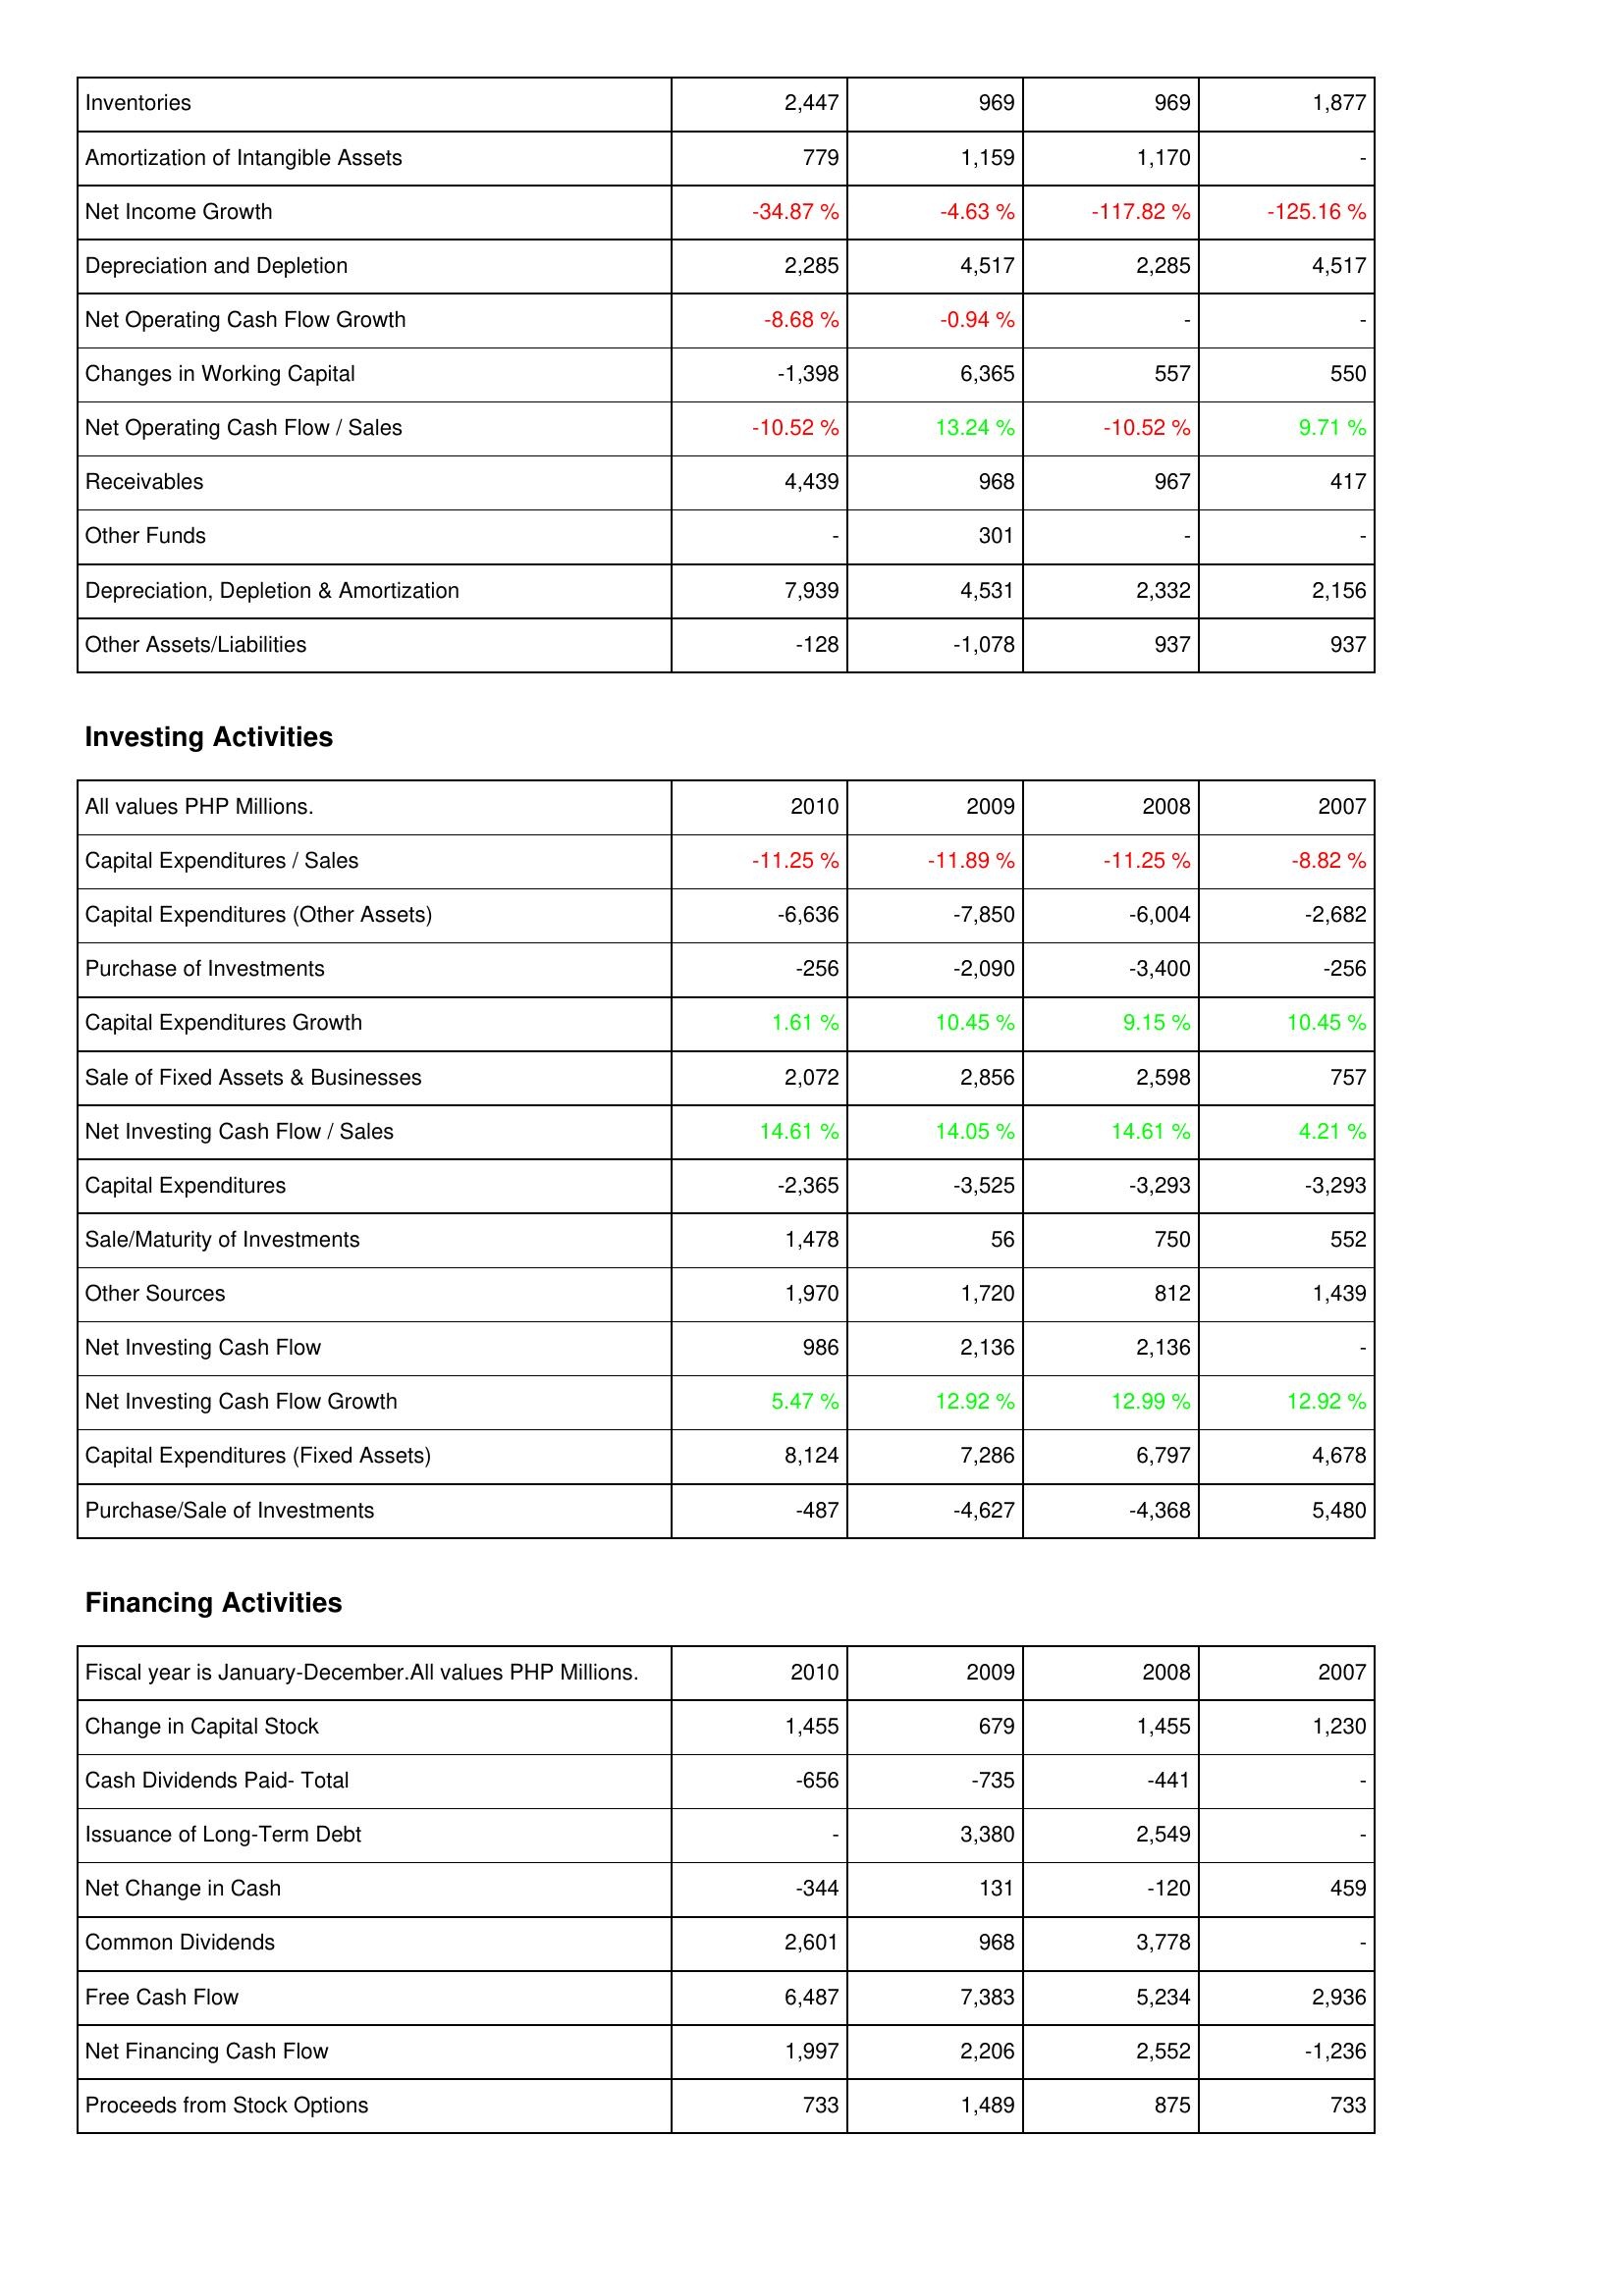
2010: Operating Activities: Inventories: 2,447
Amortization of Intangible Assets: 779
Net Income Growth: -34.87 %
Depreciation and Depletion: 2,285
Net Operating Cash Flow Growth: -8.68 %
Changes in Working Capital: -1,398
Net Operating Cash Flow / Sales: -10.52 %
Receivables: 4,439
Other Funds: -
Depreciation, Depletion & Amortization: 7,939
Other Assets/Liabilities: -128
Investing Activities: Capital Expenditures / Sales: -11.25 %
Capital Expenditures (Other Assets): -6,636
Purchase of Investments: -256
Capital Expenditures Growth: 1.61 %
Sale of Fixed Assets & Businesses: 2,072
Net Investing Cash Flow / Sales: 14.61 %
Capital Expenditures: -2,365
Sale/Maturity of Investments: 1,478
Other Sources: 1,970
Net Investing Cash Flow: 986
Net Investing Cash Flow Growth: 5.47 %
Capital Expenditures (Fixed Assets): 8,124
Purchase/Sale of Investments: -487
Financing Activities: Change in Capital Stock: 1,455
Cash Dividends Paid- Total: -656
Issuance of Long-Term Debt: -
Net Change in Cash: -344
Common Dividends: 2,601
Free Cash Flow: 6,487
Net Financing Cash Flow: 1,997
Proceeds from Stock Options: 733
2009: Operating Activities: Inventories: 969
Amortization of Intangible Assets: 1,159
Net Income Growth: -4.63 %
Depreciation and Depletion: 4,517
Net Operating Cash Flow Growth: -0.94 %
Changes in Working Capital: 6,365
Net Operating Cash Flow / Sales: 13.24 %
Receivables: 968
Other Funds: 301
Depreciation, Depletion & Amortization: 4,531
Other Assets/Liabilities: -1,078
Investing Activities: Capital Expenditures / Sales: -11.89 %
Capital Expenditures (Other Assets): -7,850
Purchase of Investments: -2,090
Capital Expenditures Growth: 10.45 %
Sale of Fixed Assets & Businesses: 2,856
Net Investing Cash Flow / Sales: 14.05 %
Capital Expenditures: -3,525
Sale/Maturity of Investments: 56
Other Sources: 1,720
Net Investing Cash Flow: 2,136
Net Investing Cash Flow Growth: 12.92 %
Capital Expenditures (Fixed Assets): 7,286
Purchase/Sale of Investments: -4,627
Financing Activities: Change in Capital Stock: 679
Cash Dividends Paid- Total: -735
Issuance of Long-Term Debt: 3,380
Net Change in Cash: 131
Common Dividends: 968
Free Cash Flow: 7,383
Net Financing Cash Flow: 2,206
Proceeds from Stock Options: 1,489
2008: Operating Activities: Inventories: 969
Amortization of Intangible Assets: 1,170
Net Income Growth: -117.82 %
Depreciation and Depletion: 2,285
Net Operating Cash Flow Growth: -
Changes in Working Capital: 557
Net Operating Cash Flow / Sales: -10.52 %
Receivables: 967
Other Funds: -
Depreciation, Depletion & Amortization: 2,332
Other Assets/Liabilities: 937
Investing Activities: Capital Expenditures / Sales: -11.25 %
Capital Expenditures (Other Assets): -6,004
Purchase of Investments: -3,400
Capital Expenditures Growth: 9.15 %
Sale of Fixed Assets & Businesses: 2,598
Net Investing Cash Flow / Sales: 14.61 %
Capital Expenditures: -3,293
Sale/Maturity of Investments: 750
Other Sources: 812
Net Investing Cash Flow: 2,136
Net Investing Cash Flow Growth: 12.99 %
Capital Expenditures (Fixed Assets): 6,797
Purchase/Sale of Investments: -4,368
Financing Activities: Change in Capital Stock: 1,455
Cash Dividends Paid- Total: -441
Issuance of Long-Term Debt: 2,549
Net Change in Cash: -120
Common Dividends: 3,778
Free Cash Flow: 5,234
Net Financing Cash Flow: 2,552
Proceeds from Stock Options: 875
2007: Operating Activities: Inventories: 1,877
Amortization of Intangible Assets: -
Net Income Growth: -125.16 %
Depreciation and Depletion: 4,517
Net Operating Cash Flow Growth: -
Changes in Working Capital: 550
Net Operating Cash Flow / Sales: 9.71 %
Receivables: 417
Other Funds: -
Depreciation, Depletion & Amortization: 2,156
Other Assets/Liabilities: 937
Investing Activities: Capital Expenditures / Sales: -8.82 %
Capital Expenditures (Other Assets): -2,682
Purchase of Investments: -256
Capital Expenditures Growth: 10.45 %
Sale of Fixed Assets & Businesses: 757
Net Investing Cash Flow / Sales: 4.21 %
Capital Expenditures: -3,293
Sale/Maturity of Investments: 552
Other Sources: 1,439
Net Investing Cash Flow: -
Net Investing Cash Flow Growth: 12.92 %
Capital Expenditures (Fixed Assets): 4,678
Purchase/Sale of Investments: 5,480
Financing Activities: Change in Capital Stock: 1,230
Cash Dividends Paid- Total: -
Issuance of Long-Term Debt: -
Net Change in Cash: 459
Common Dividends: -
Free Cash Flow: 2,936
Net Financing Cash Flow: -1,236
Proceeds from Stock Options: 733